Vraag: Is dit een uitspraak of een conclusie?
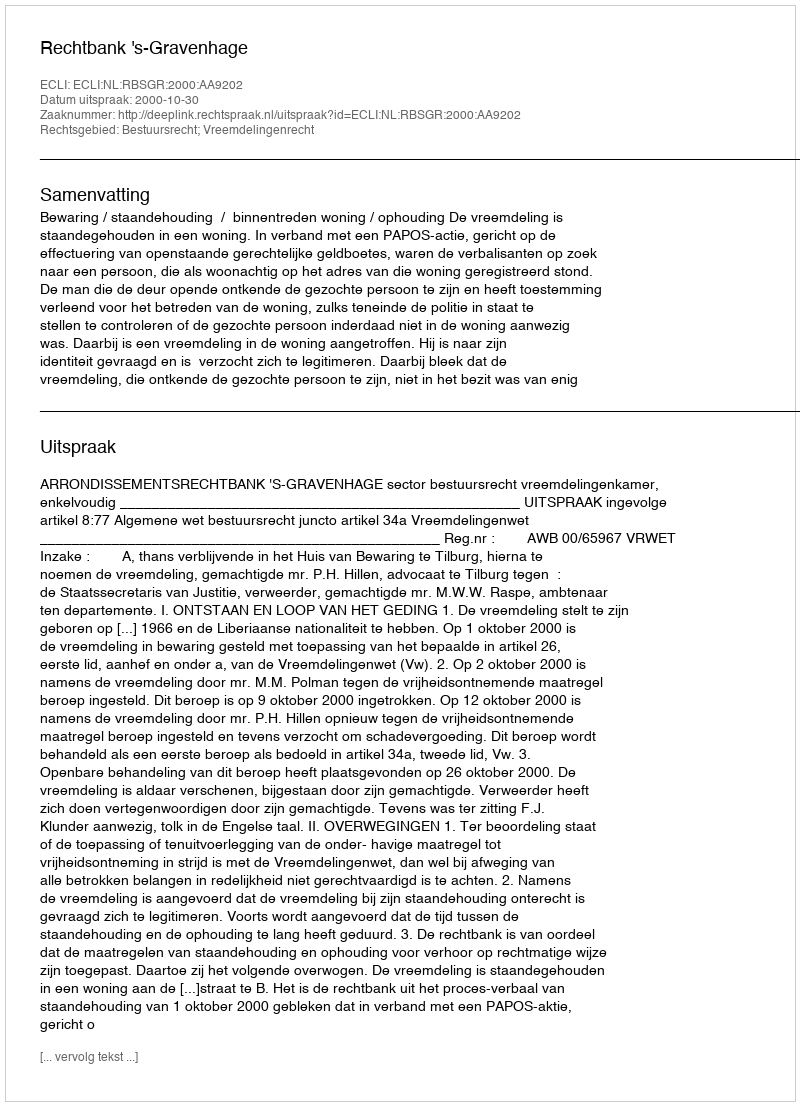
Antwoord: Uitspraak